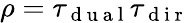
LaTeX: \rho=\tau_{\mathrm{~d~u~a~l~}}\tau_{\mathrm{~d~i~r~}}